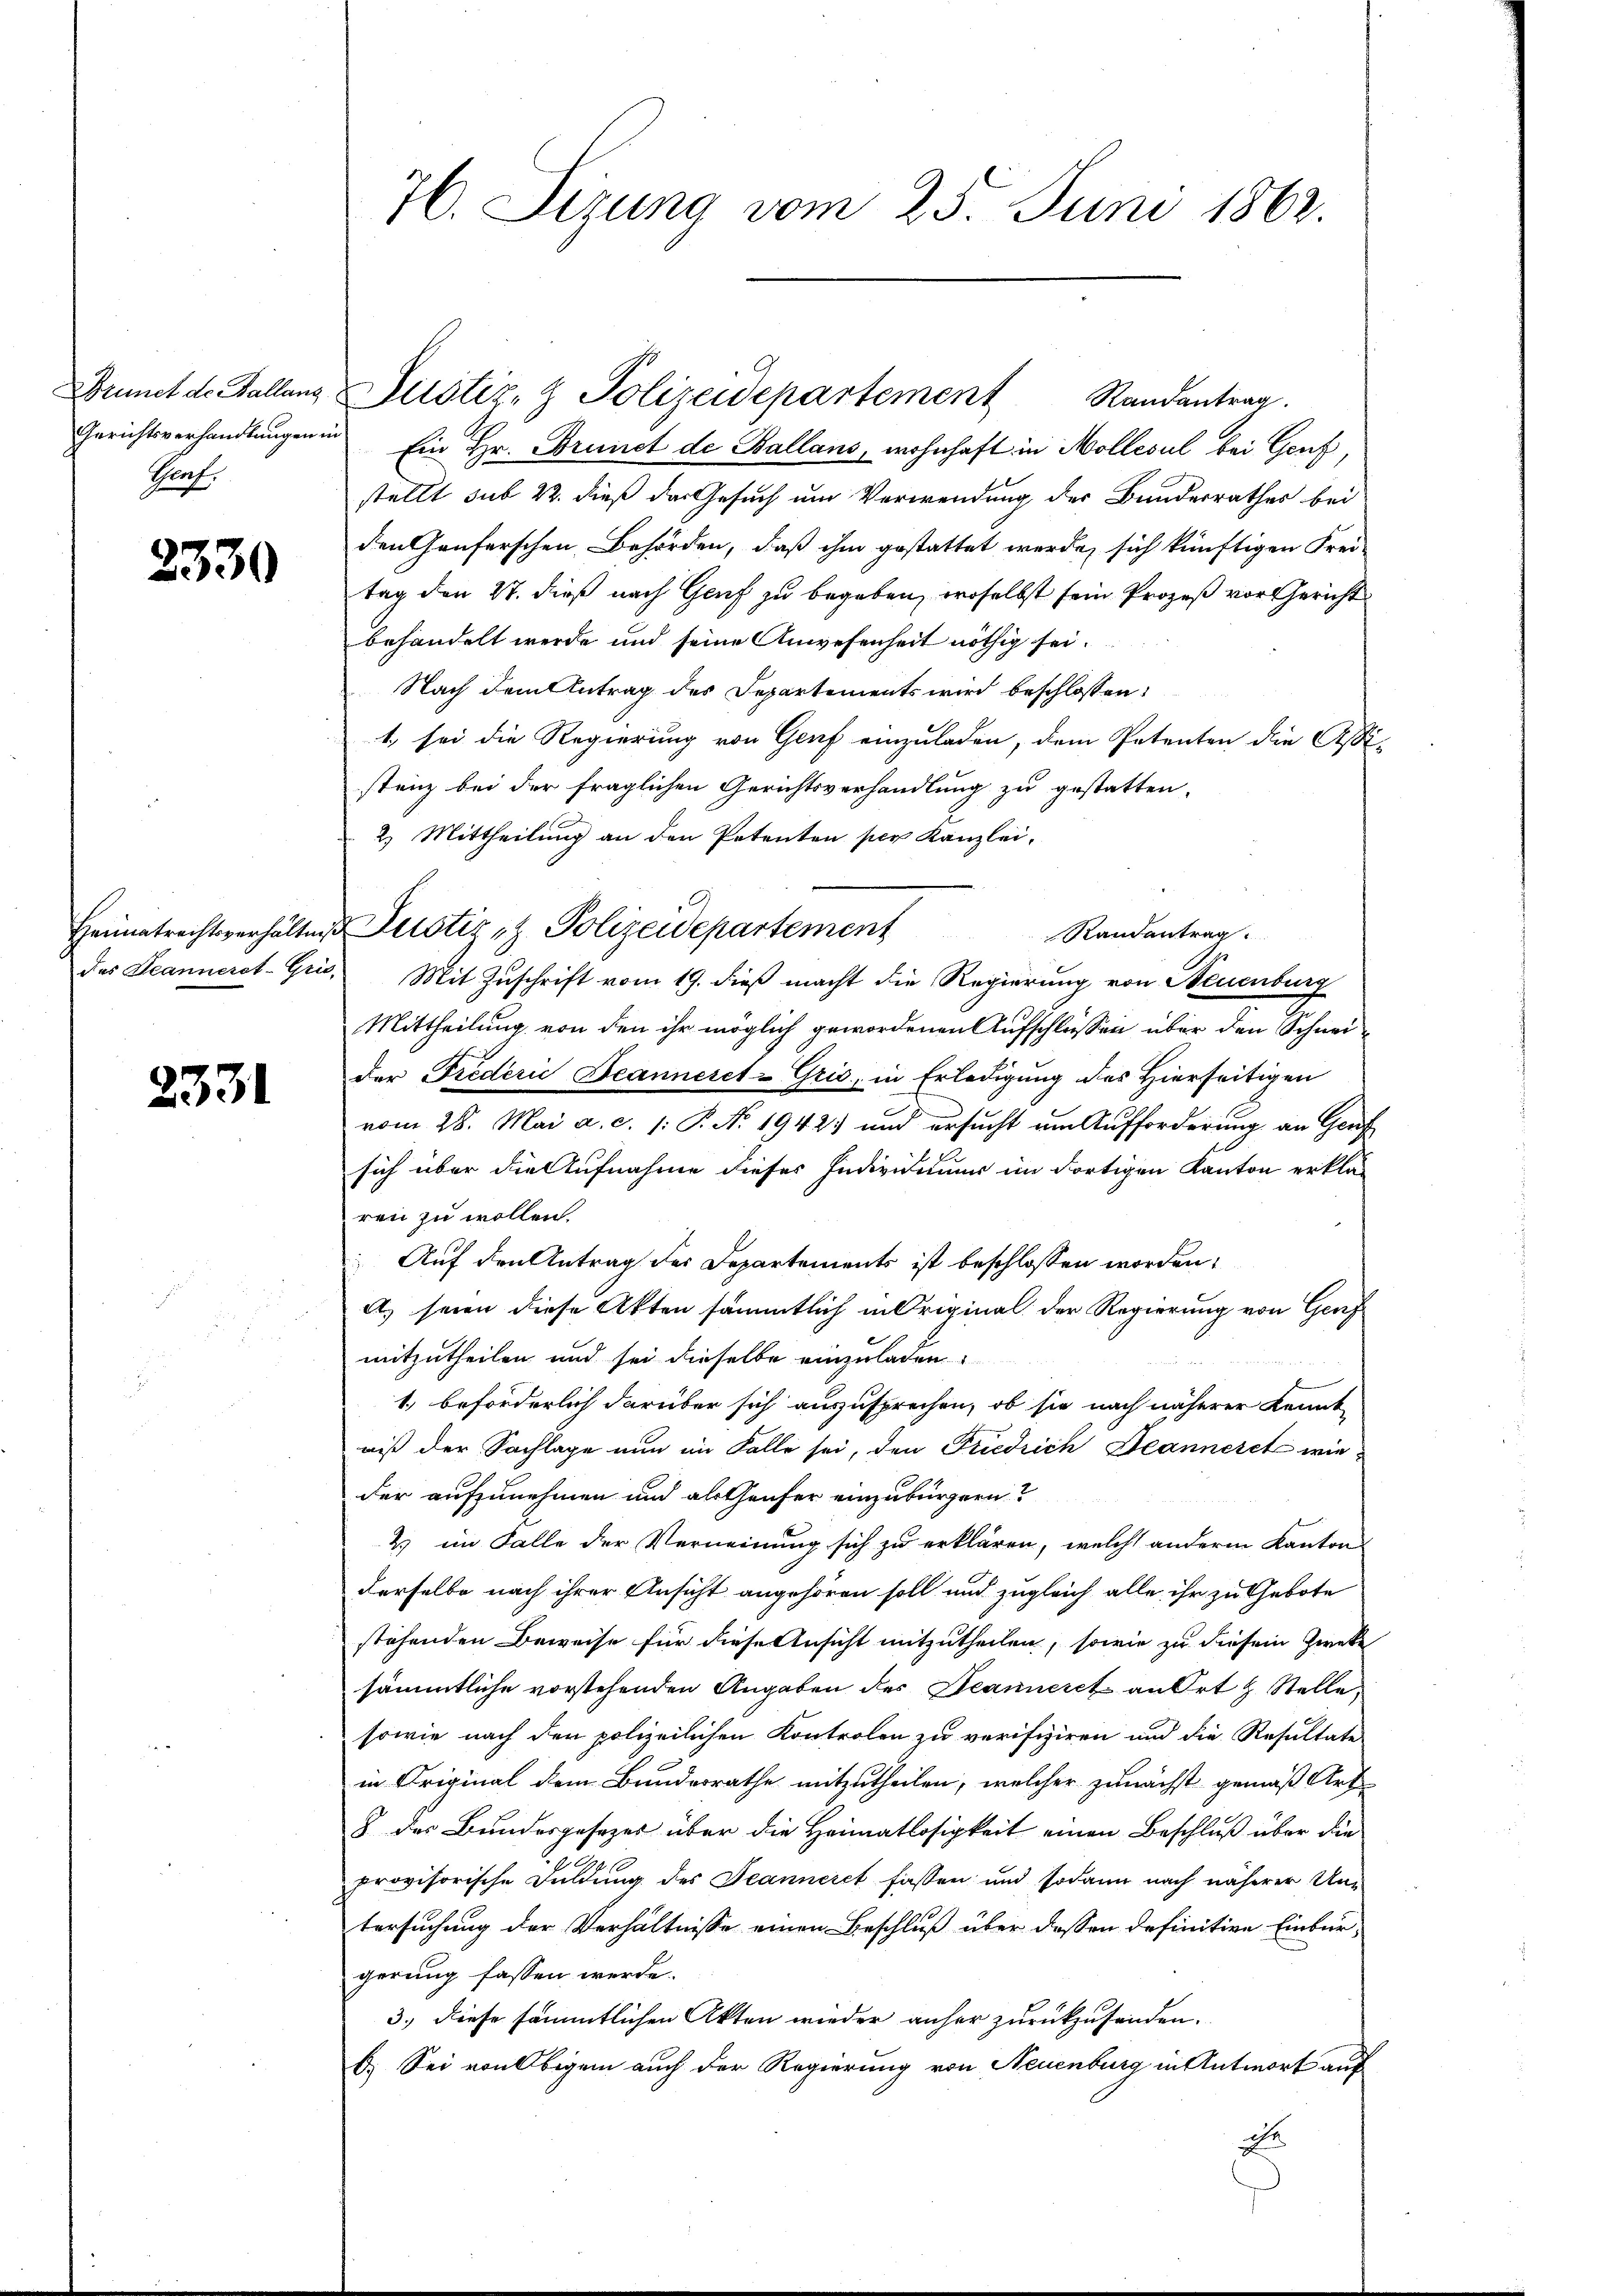
Drunct de Ballang
Phaf

2330

Heimatrechtsverhältnis

2331

76. Sizung vom 25. Juni 1862.

Gerichtsverhandlungen in Ein Hr. Brunet de Ballans, wohnhaft in Mollisul bei Genf,
stellt sub 22. dieß das Gesuch um Verwendung der Bundesrathes bei
den Genferschen Behörden, daß ihm gestattet werde, sich künftigen Frei-
tag den 27. dieß nach Genf zu begeben, woselbst sein Prozeß vor Gericht
behandelt werde und seine Anwesenheit nöthig sei.
Nach dem Antrag des Departements wird beschlossen:
1, sei die Regierung von Genf einzuladen, dem Petenten die Aßistenz bei der fraglichen Gerichtsverhandlung zu gestatten.
2) Mittheilung an den Petenten per Kanzlei-
 Justiz- & Polizeidepartement
Randentrag
des Jeanneret-Gris, Mit Zuschrift vom 19. dieß macht die Regierung von Neuenburg
Mittheilung von den ihr möglich gewordenen Aufschlüssen über den Schneider Frederić Deanneret-Gris, in Erledigŭng des hierseitigen
vom 28. Mai a. c. /: P. No. 1942) und ersucht um Aufforderung an Genf
sich über die Aufnahme dieses Individuums im Fortigen Kanton erklär
ren zu wollen.
Auf den Antrag des Departements ist beschlossen worden,
A. seien diese Akten sämmtlich in Original der Regierung von Genf
mitzutheilen und sei dieselbe einzuladen
1.) beförderlich darüber sich auszusprechen, ob sie nach näherer kennt
niß der Sachlage nun im Falle sei, den Friedrich Jeanneret wieder aufzunehmen und als Genfer einzubürgern?
2 im Falle der Verneinung sich zu erklären, welche anderen Kanton
derselbe nach ihrer Ansicht angehören soll und zugleich alle ihr zu Gebote
stehenden Beweise für diese Ansicht mitzutheilen, sowie zu diesem Zwecke
sämmtliche vorstehenden Angaben des Jeanneret an Ort & Stelle,
sowie nach den polizeilichen Kontrolen zu verifiziren und die Resultate
in Original dem Bundesrathe mitzutheilen, welcher zunächst gemäß Art
8 des Bundesgesezes über die Heimatlosigkeit einen Beschluß über die
provisorische Duldung des Jeanneret fassen und sodann nach näherer Untersuchung der Verhältnisse einen Beschluß über dassen definitive Einbür-
gerung fassen werde.
3., diese sämmtlichen Akten wieder anher zurückzusenden.
b. Sei von Obigem auch der Regierung von Neuenburg in Antwort auf
che
E

Justiz- & Polizeidepartement Randantrag.